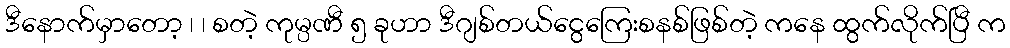
ဒီနောက်မှာတော့ ၊ ၊ စတဲ့ ကုမ္ပဏီ ၅ ခုဟာ ဒီဂျစ်တယ်ငွေကြေးစနစ်ဖြစ်တဲ့ ကနေ ထွက်လိုက်ပြီ က